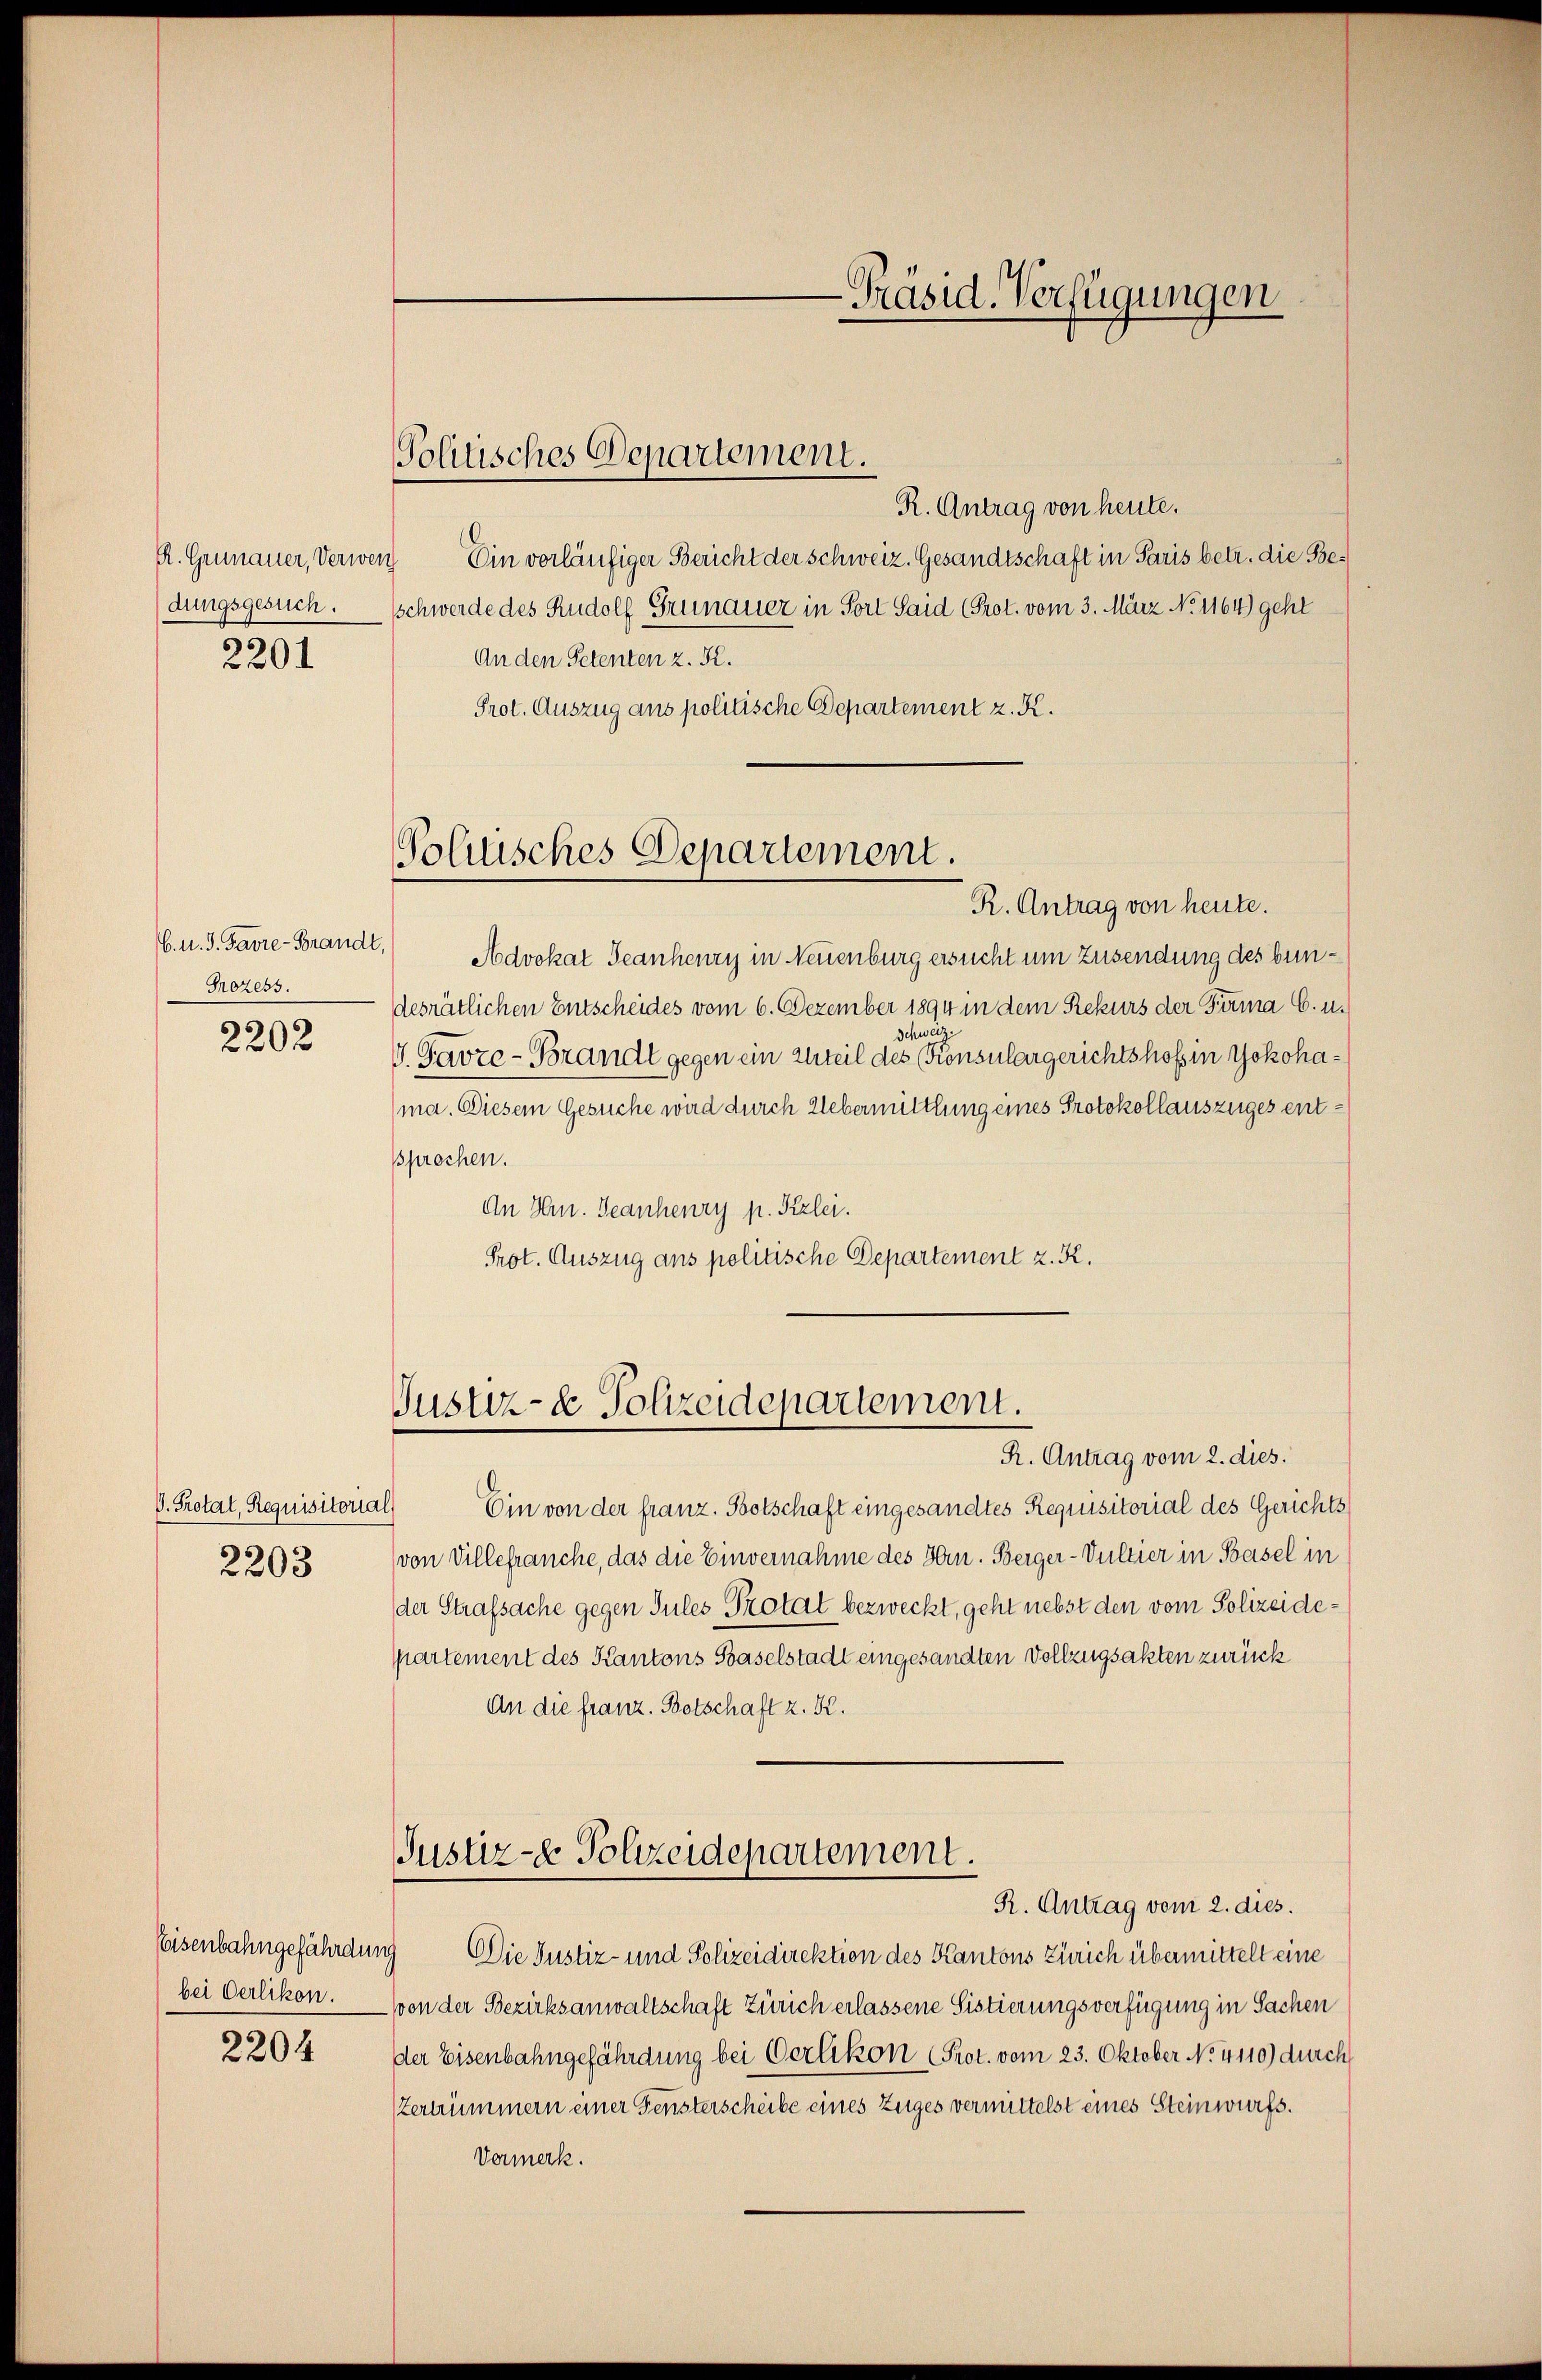
2201

Prozess.

2202

D. Protal, Requisitoria
2203

Eeisenbahngefährdun
bei Oerlikon.

2204

Politisches Departement.

olitisches Departement.
R. Antrag von heute.

6. u. 3. Favre-Brandt, Advokat Geanheury in Neuenburg ersucht um Zusendung des bundesrätlichen Entscheides vom 6. Dezember 1894 in dem Rekurs der Firma C. u.
Schwei
J. Parze-Brandt gegen ein Urteil des Konsulargerichtshof in Yokohama. Diesem Gesuche wird durch Uebermittlung eines Protokollauszuges entsprochen.
An Hrn. Jeanheury p. Kzlei.
Prot. Auszug ans politische Departement z. K.

R. Antrag von heute.
R. Gremauer, Verwen Ein vorläufiger Bericht der Schweiz. Gesandtschaft in Paris betr. die Bedungsgesuch. Schwerde des Rudolf Grumauer in Fort Said (Prot. vom 3. März No. 1164) geht
An den Petenten z. K.
Prot. Auszug aus politische Departement z. K.

Justiz- u. Polizeidepartement.

-Präsid. Verfügungen

R. Antrag vom 2. dies.
Ein von der franz. Botschaft eingesandtes Requisitorial des Gerichtsvon Villebrauche, das die Einvernahme des Hrn. Berger-Sultier in Basel in
der Strafsache gegen Sules Protat bezweckt, geht nebst den vom Polizeidepartement des Kantons Baselstadt eingesandten Vollzugsakten zurück
An die franz. Botschaft z. K.
Justiz- & Polizeidepartement.
Rr. Antrag vom 2. dies.
9 Die Justiz- und Polizeidirektion des Kantons Zürich übermittelt eine
von der Bezirksanwaltschaft Zürich erlassene Sistierungsverfügung in Sachen
der Eisenbahngefährdung bei Oerlikon (Prot. vom 23. Oktober N. 4110) durch
Zertrümmern einer Fensterscheibe eines Zuges vermittelst eines Steinwurfs.
Vermerk.